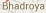
Bhadroya